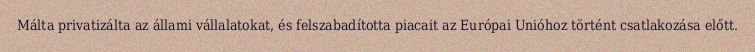
Málta privatizálta az állami vállalatokat, és felszabadította piacait az Európai Unióhoz történt csatlakozása előtt.